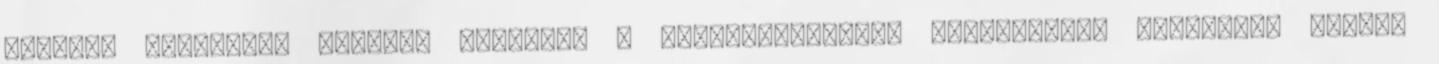
esetben két-három naponta ugyanazt a futómennyiséget produkálni, különösen fontos